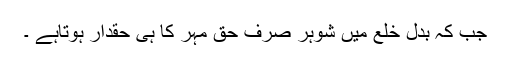
جب کہ بدلِ خلع میں شوہر صرف حق مہر کا ہی حقدار ہوتاہے ۔